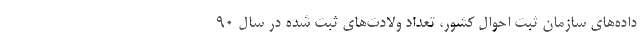
داده‌های سازمان ثبت احوال کشور، تعداد ولادت‌های ثبت شده در سال ٩٠